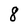
Character: 8